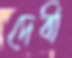
দেবী